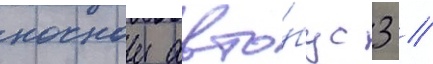
ночнои авто́бус 3 //